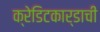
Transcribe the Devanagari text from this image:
क्रेडिटकार्डाची